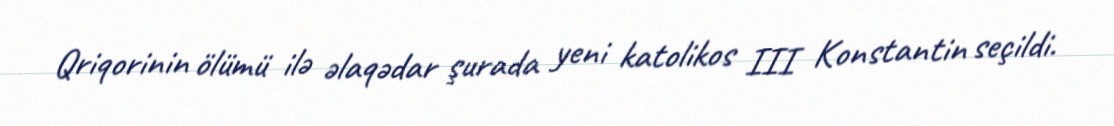
Qriqorinin ölümü ilə əlaqədar şurada yeni katolikos III Konstantin seçildi.